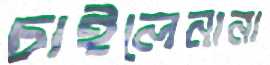
চাইলেনানা